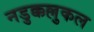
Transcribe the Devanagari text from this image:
नडुक्कल्लुकल